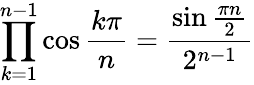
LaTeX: \prod_{k=1}^{n-1}\cos{\frac{k\pi}{n}}={\frac{\sin{\frac{\pi n}{2}}}{2^{n-1}}}